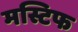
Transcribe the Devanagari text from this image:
मस्टिफ